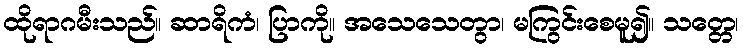
ထိုရာဂမီးသည်။ ဆာရိကံ၊ ပြာကို။ အသေသေတွာ၊ မကြွင်းစေမူ၍။ သတ္တေ၊